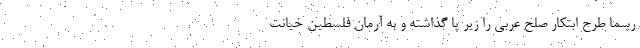
رسماً طرح ابتکار صلح عربی را زیر پا گذاشته و به آرمان فلسطین خیانت